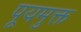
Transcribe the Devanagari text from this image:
पूयमुक्त